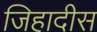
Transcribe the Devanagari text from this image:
जिहादीस